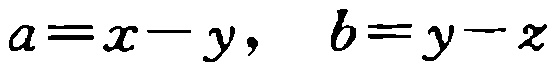
\(a=x - y,\ \ b=y - z\)